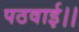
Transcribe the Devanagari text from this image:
पठवाई।।